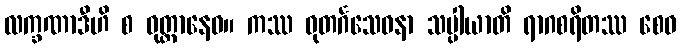
လက္ခဏာဒီဟိ စ ဝုတ္တာနေဝ။ ကဿ ဓုတင်္ဂသေဝနာ သပ္ပါယာတိ ရာဂစရိတဿ စေဝ